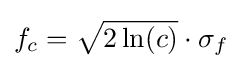
f_{c}={\sqrt {2\ln(c)}}\cdot \sigma _{f}